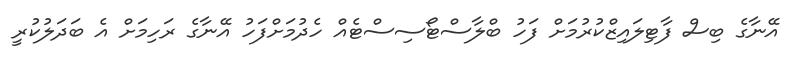
އޭނާގެ ބިސް ފާޓިލައިޒްކުރުމަށް ފަހު ބްލާސްޓޯސިސްޓެއް ހެދުމަށްފަހު އޭނާގެ ރަހިމަށް އެ ބަދަލުކުރީ